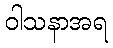
ဝါသနာအရ